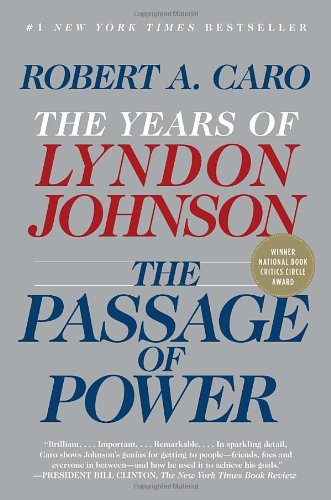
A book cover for The Passage of Power: The Years of Lyndon Johnson, Vol. IV; Robert A. Caro; Biographies & Memoirs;